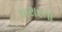
પાથરતો